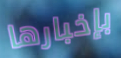
بإخبارها